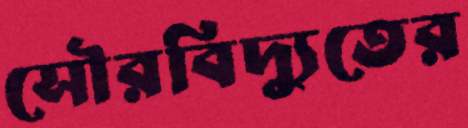
সৌরবিদ্যুতের